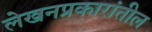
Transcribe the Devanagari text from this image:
लेखनप्रकारांतील